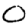
Digit: 0